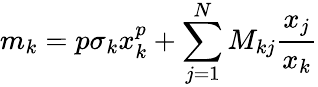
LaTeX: m_{k}=p\sigma_{k}x_{k}^{p}+\sum_{j=1}^{N}M_{kj}\frac{x_{j}}{x_{k}}